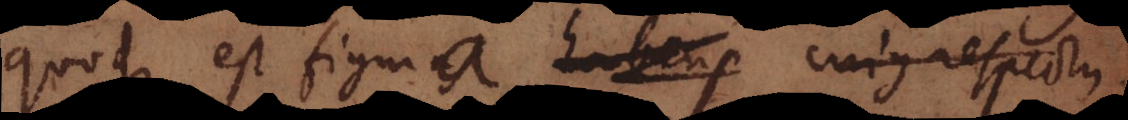
quoque est figura habens cujus respectu